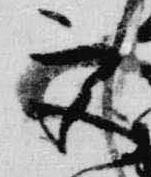
宮